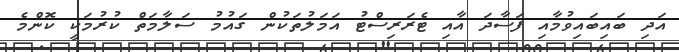
އަދި ބައިބައިވުމާއި ފަސާދަ އާއި ޓެރަރިސްޓު އަމަލުތަކުން ގައުމު ސަލާމަތް ކުރުމަކީ ކޮންމެ